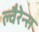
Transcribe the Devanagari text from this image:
ल्वैरेन्स